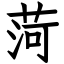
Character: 菏